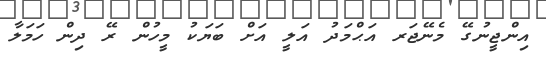
އިންޖީނުގޭ މެނޭޖަރ އަޙްމަދު އަލީ އަށް ބަޔަކު މީހުން ރޭ ދިން ހަމަލާ